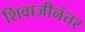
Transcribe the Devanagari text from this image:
शिवाजीनंतर